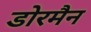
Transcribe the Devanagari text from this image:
डोरमैन